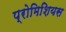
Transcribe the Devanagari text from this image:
प्रोमिशियस